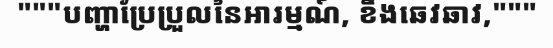
"""បញ្ហាប្រែប្រួលនៃអារម្មណ៍, ខឹងឆេវឆាវ,"""